Trukikaitis_Postimees, lk 90
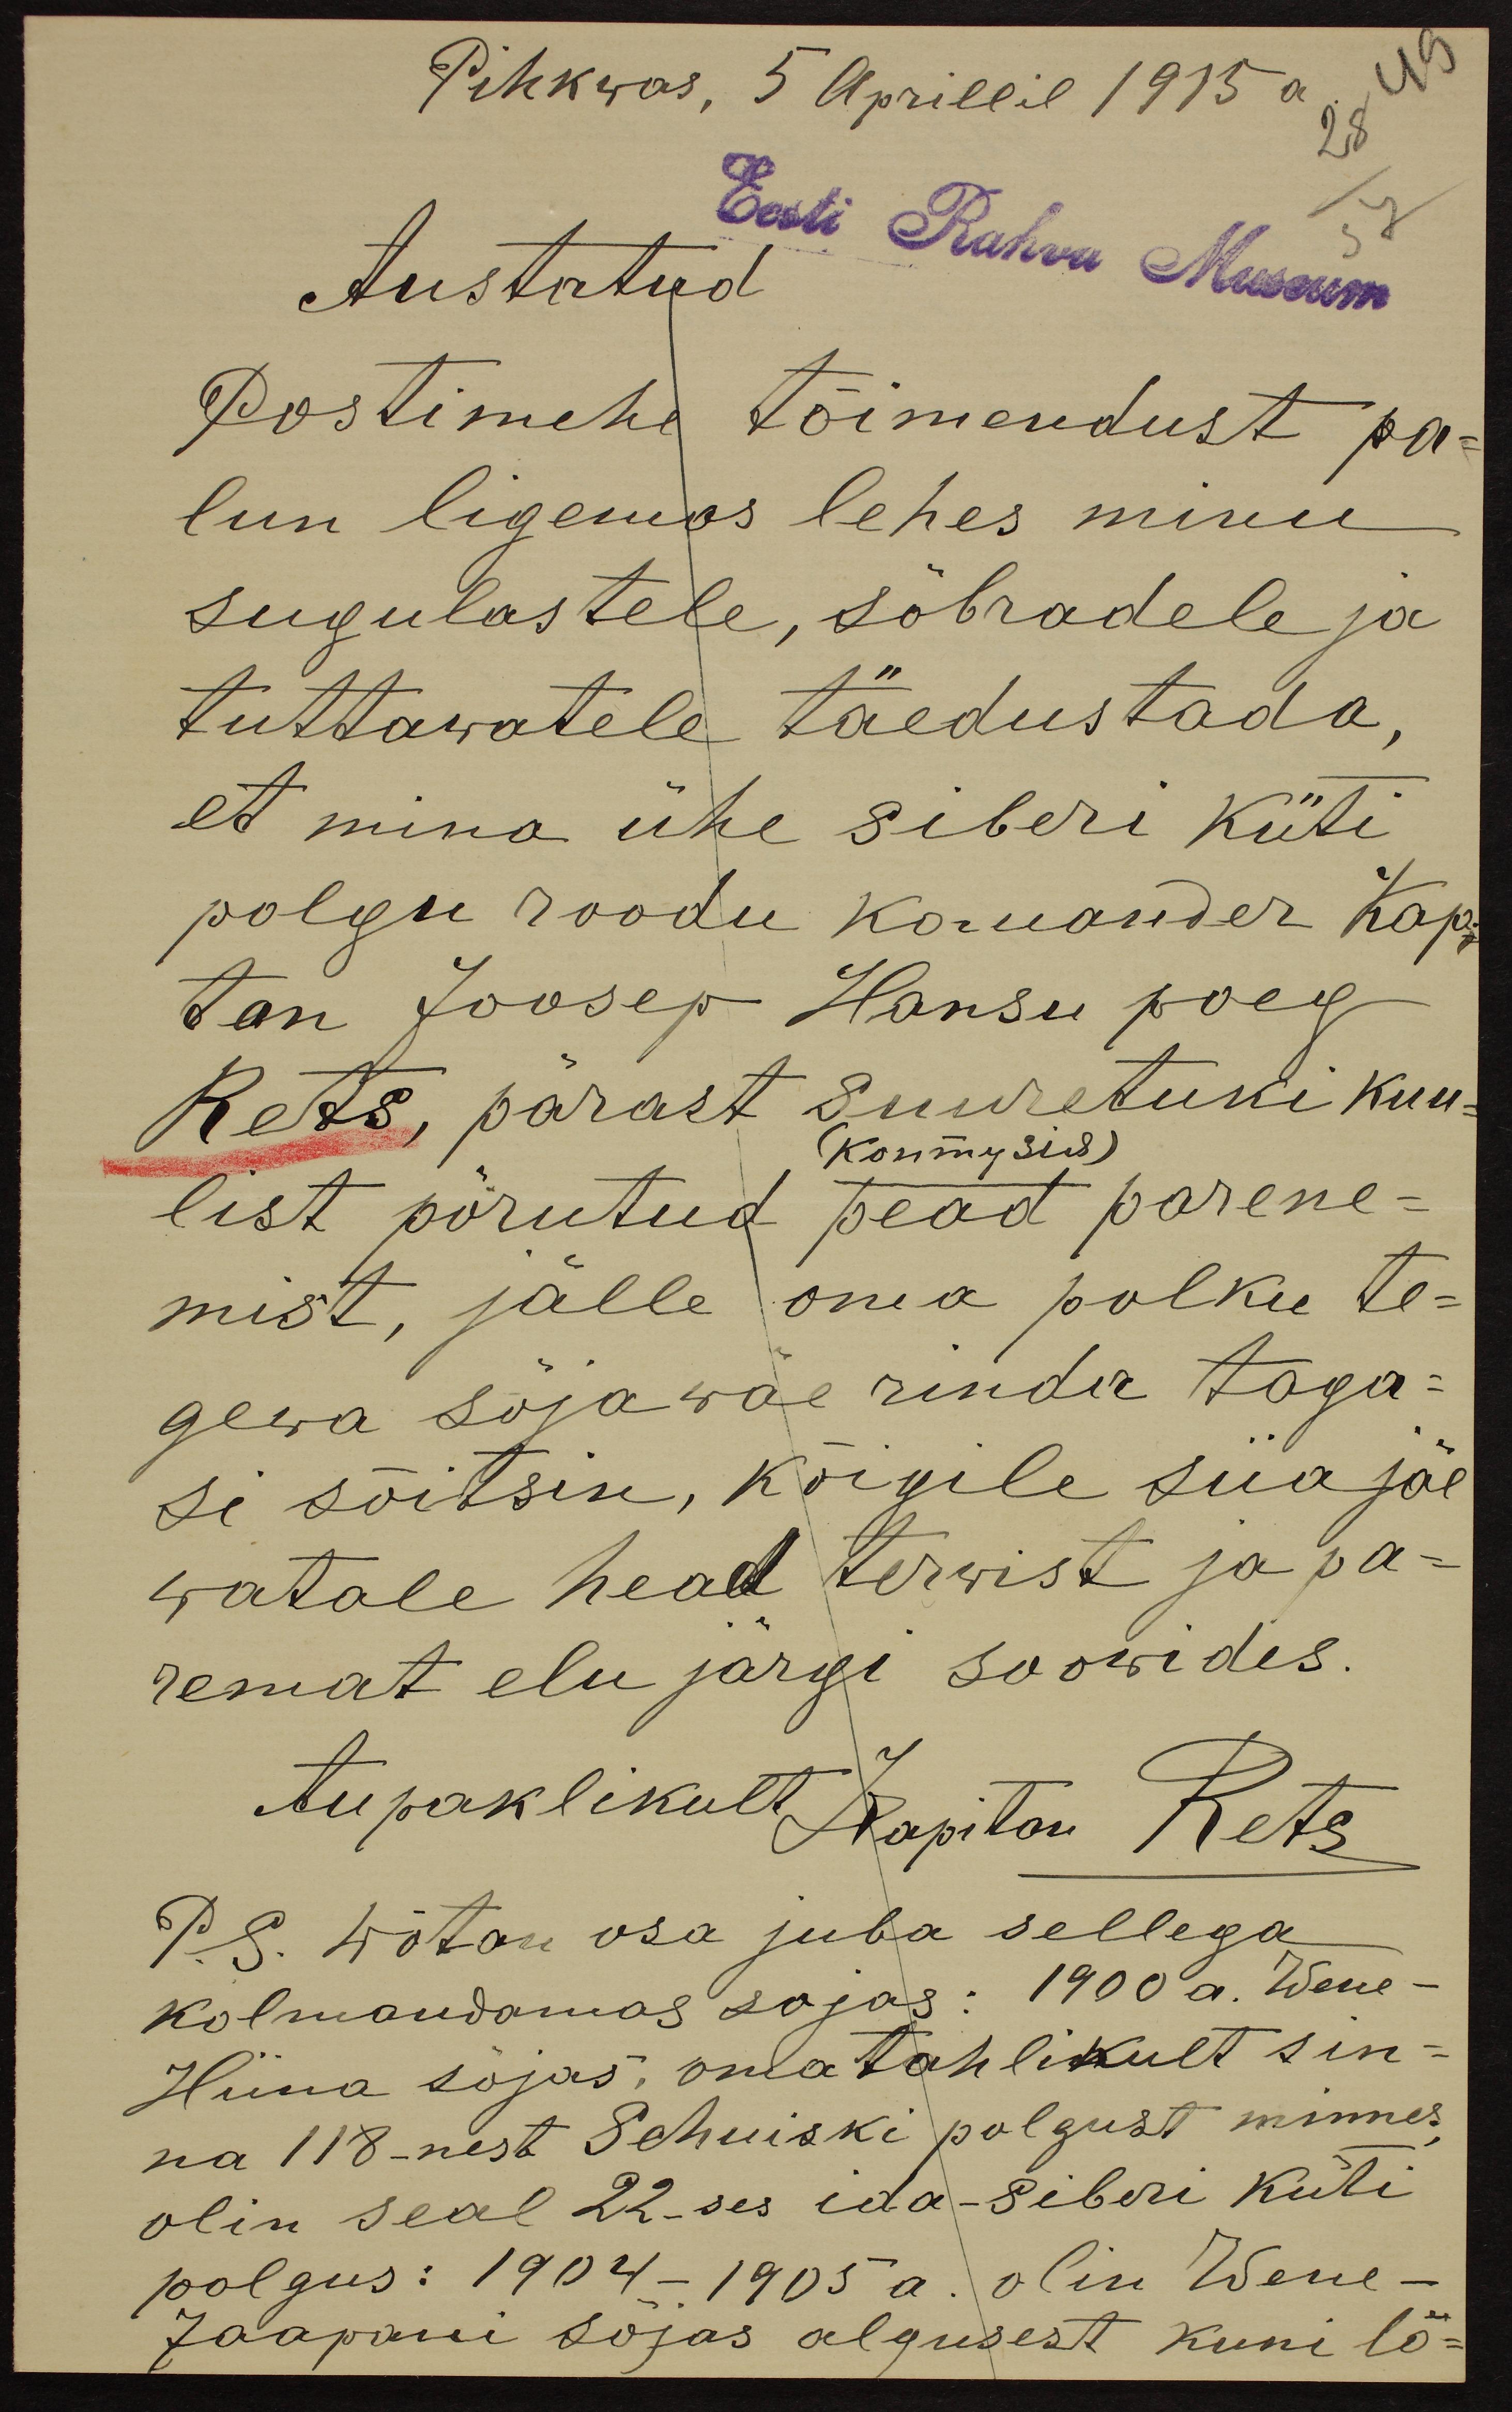
Pihkwas, 5 Aprillil 1915 a.
49
28
Eesti Rahva Museum
57
Austatud
Postimehe tõimendust pa-
lun ligemas lehes minu
sugulastele, sõbradele ja
tuttawatele täedustada,
et mina ühe siberi küti
polgu roodu komander Kap-
tan Joosep Hansu poeg
Rets, pärast suuretuki kuu-
(Контузия)
list põrutud pead parene-
mist, jälle oma polku te-
gewa sõjawäe rinda taga-
si sõitsin, kõigile siia jäe
watale head terwist ja pa-
remat elu järgi soowides.
Aupaklikult Kapitan Rets
P.S. wõtan osa juba sellega
kolmandamas sojas: 1900 a. Wene-
Hiina sõjas, omatahlikult sin-
na 118-nest Schuiski polgust minnes,
olin seal 22-ses ida-siberi küti
polgus: 1904 -1905 a. olin Wene-
Jaapani sõjas algusest kuni lõ-